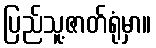
ပြည်သူ့ဇာတ်ရုံမှာ။